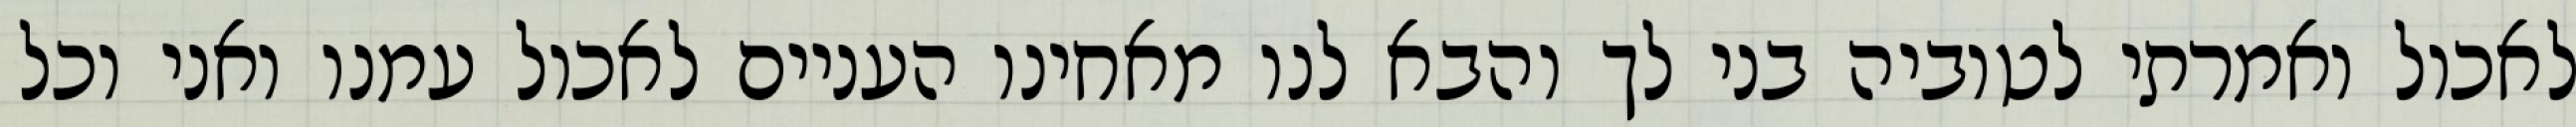
לאכול ואמרתי לטוביה בני לך והבא לנו מאחינו העניים לאכול עמנו ואני וכל